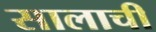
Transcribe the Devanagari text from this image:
सालाची